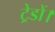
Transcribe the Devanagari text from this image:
ट्रेडों।